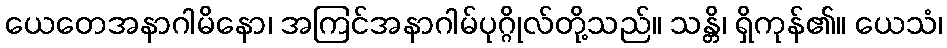
ယေတေအနာဂါမိနော၊ အကြင်အနာဂါမ်ပုဂ္ဂိုလ်တို့သည်။ သန္တိ၊ ရှိကုန်၏။ ယေသံ၊